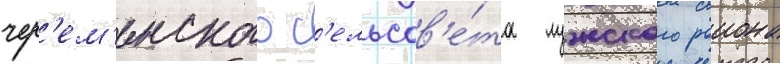
чер'ем'енского с'ельсов'е́та лужского раиона